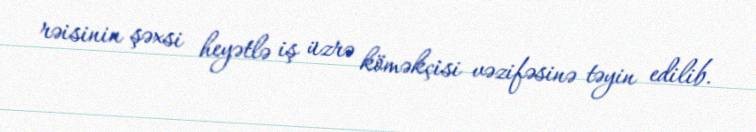
rəisinin şəxsi heyətlə iş üzrə köməkçisi vəzifəsinə təyin edilib.